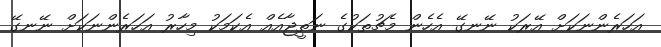
އަހަރެންނަކަށް އޭރަކު ނޭނގޭ އެހެން މެޗުތަކުގެ ނަތީޖާއެއް އެކަމަކު މިހާރު އަހަރެންނަކަށް ނޭނގޭ